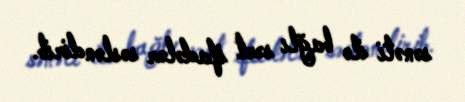
sənəti ilə bağlı sərt ifadələr səsləndirib.